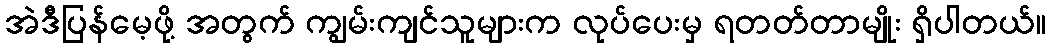
အဲဒီပြန်မေ့ဖို့ အတွက် ကျွမ်းကျင်သူများက လုပ်ပေးမှ ရတတ်တာမျိုး ရှိပါတယ်။